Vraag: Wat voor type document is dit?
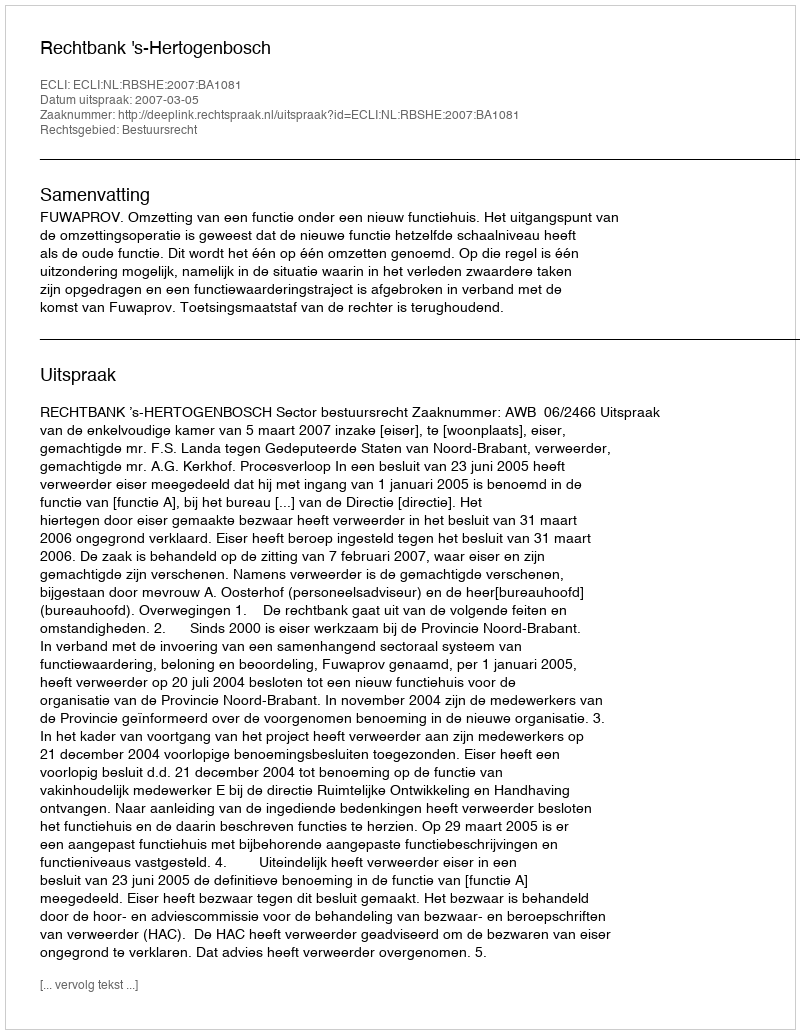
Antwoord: Uitspraak